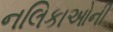
નલિકાઓની